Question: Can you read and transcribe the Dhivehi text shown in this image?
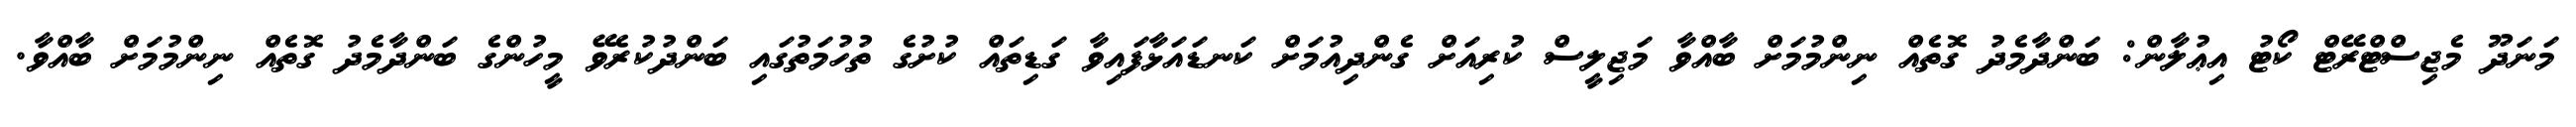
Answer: މަނަދޫ މެޖިސްޓްރޭޓް ކޯޓު އިޢުލާން: ބަންދާމެދު ގޮތެއް ނިންމުމަށް ބާއްވާ މަޖިލީސް ކުރިއަށް ގެންދިއުމަށް ކަނޑައަޅާފައިވާ ގަޑިތައް ކުށުގެ ތުހުމަތުގައި ބަންދުކުރެވޭ މީހުންގެ ބަންދާމެދު ގޮތެއް ނިންމުމަށް ބާއްވާ.